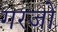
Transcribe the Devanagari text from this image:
गरजों